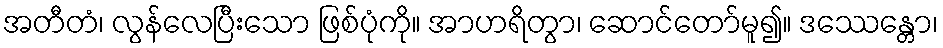
အတီတံ၊ လွန်လေပြီးသော ဖြစ်ပုံကို။ အာဟရိတွာ၊ ဆောင်တော်မူ၍။ ဒဿေန္တော၊